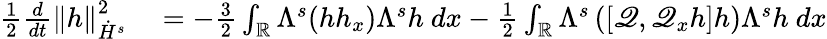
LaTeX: \begin{array}{rl}{\frac{1}{2}\frac{d}{dt}\left\| h\right\| _{\dot{H}^{s}}^{2}}&{{}=-\frac{3}{2}\int_{\mathbb R}\Lambda^{s}(hh_{x})\Lambda^{s}h\ dx-\frac{1}{2}\int_{\mathbb R}\Lambda^{s}\left([\mathscr{Q},\mathscr{Q}_{x}h]h\right)\Lambda^{s}h\ dx}\end{array}